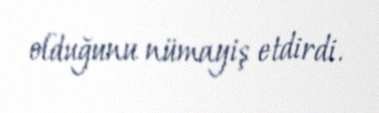
olduğunu nümayiş etdirdi.